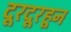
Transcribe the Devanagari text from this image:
दूरदूरहून